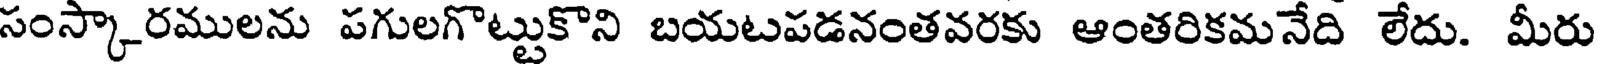
సంస్కారములను పగులగొట్టుకొని బయటపడనంతవరకు ఆంతరికమనేది లేదు. మీరు